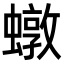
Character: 𧑒